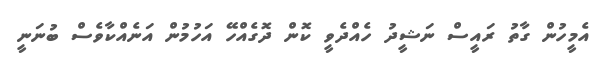
އެމީހުން ގާތު ރައީސް ނަޝީދު ހެއްދެވީ ކޮން ދޮގެއްހޭ އަހުމުން އަނެއްކާވެސް ބުނަނީ